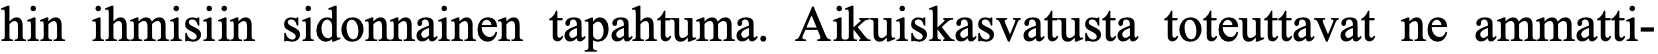
hin ihmisiin sidonnainen tapahtuma. Aikuiskasvatusta toteuttavat ne ammatti-